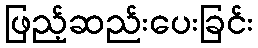
ဖြည့်ဆည်းပေးခြင်း